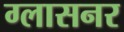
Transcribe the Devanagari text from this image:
ग्लासनर